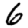
Digit: 6